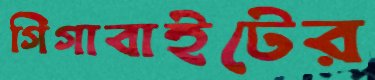
গিগাবাইটের